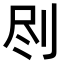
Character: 𠛾